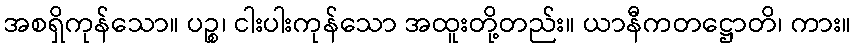
အစရှိကုန်သော။ ပဉ္စ၊ ငါးပါးကုန်သော အထူးတို့တည်း။ ယာနီကတဋ္ဌောတိ၊ ကား။